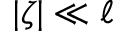
| \zeta | \ll \ell